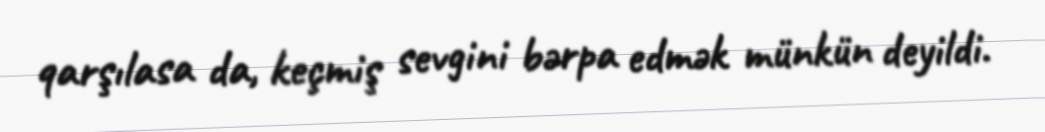
qarşılasa da, keçmiş sevgini bərpa edmək münkün deyildi.